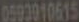
0593910615